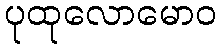
ပုထုလောမောဝ